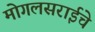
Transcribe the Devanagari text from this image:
मोगलसराईचे